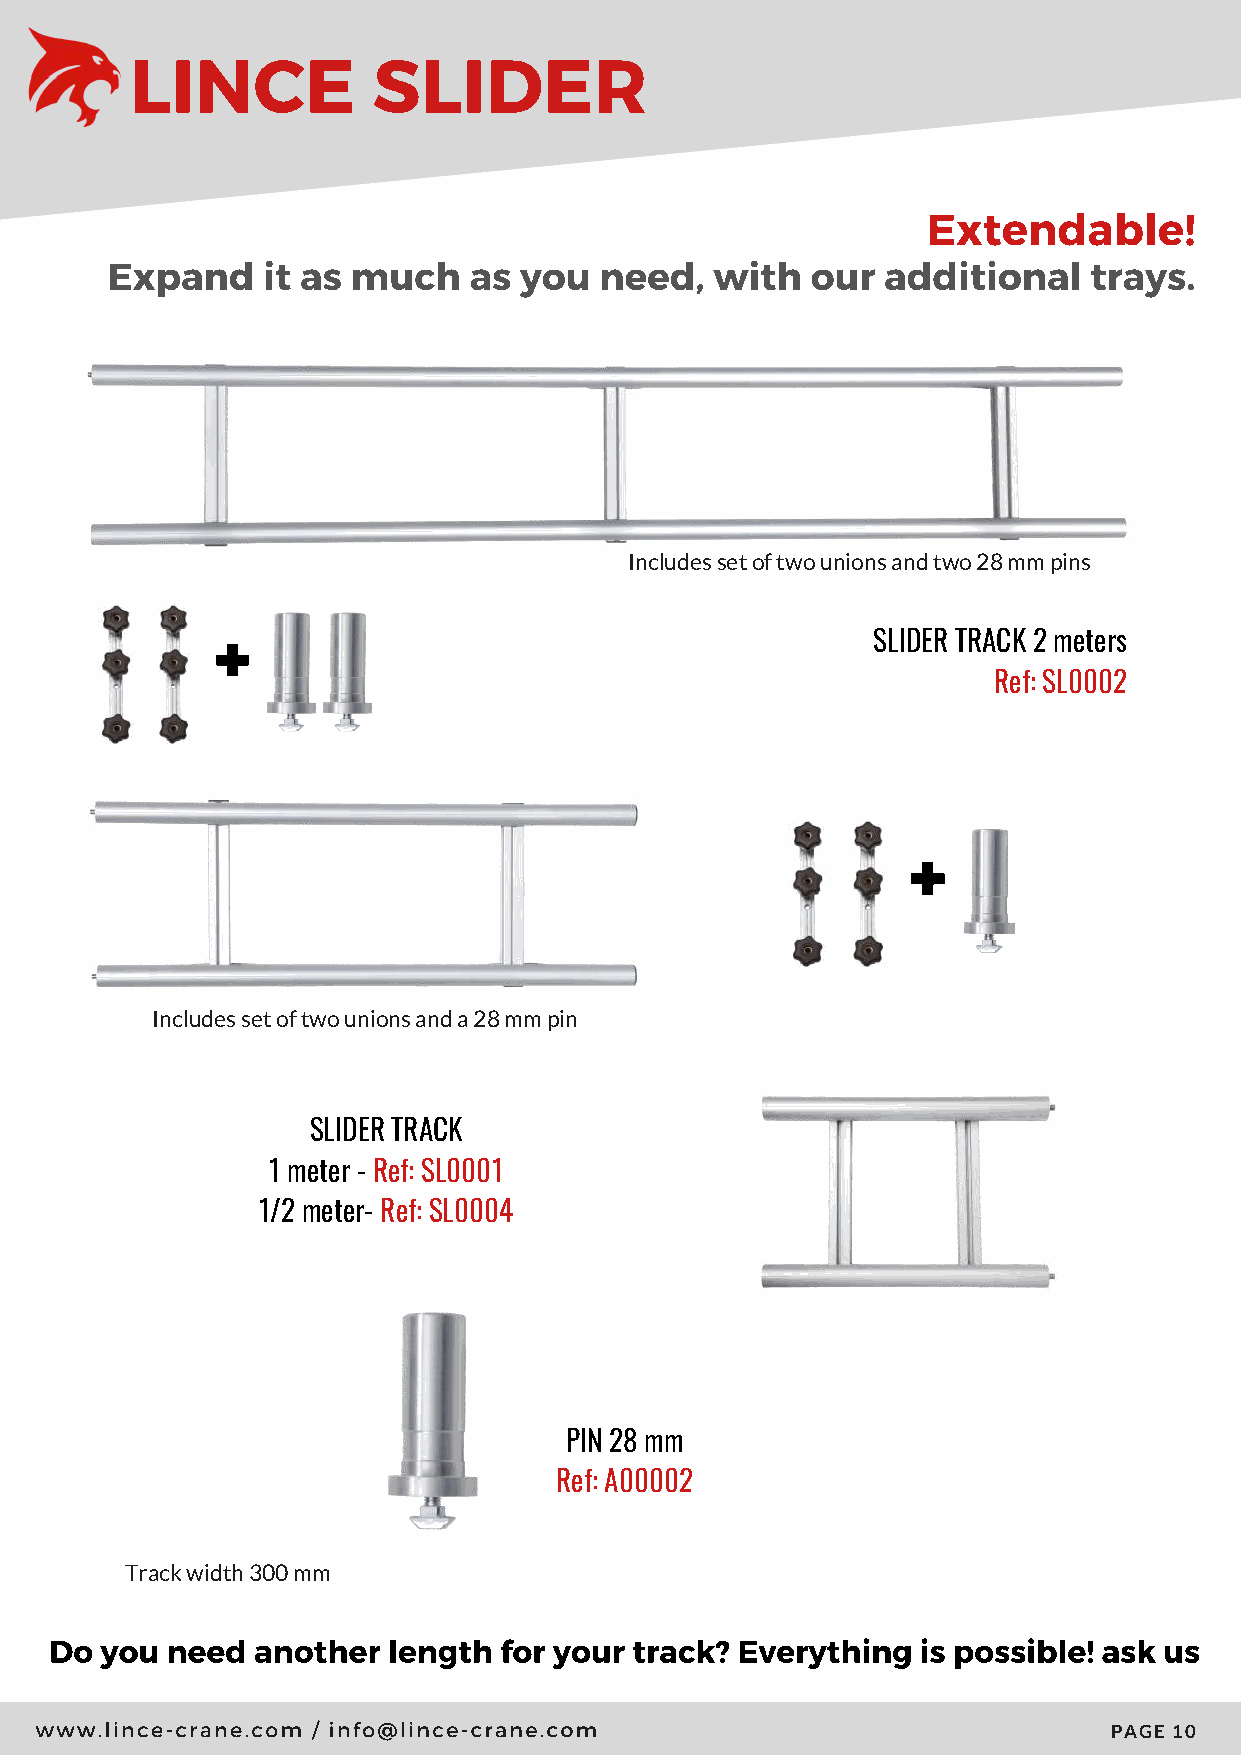
LINCE           SLIDER
 Extendable!
 Expand    it as much    as you   need,  with   our  additional   trays.
 Includes set of two unions and two 28 mm pins
 SLIDER TRACK 2 meters
 Ref: SL0002
 Includes set of two unions and a 28 mm pin
 SLIDER TRACK
 1 meter - Ref: SL0001
 1/2 meter- Ref: SL0004
 PIN 28 mm
 Ref: A00002
 Track width 300 mm
 Do  you need  another  length for your track? Everything  is possible! ask us
 www.lince-crane.com / info@lince-crane.com
 PAGE 10